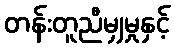
တန်းတူညီမျှမှုနှင့်